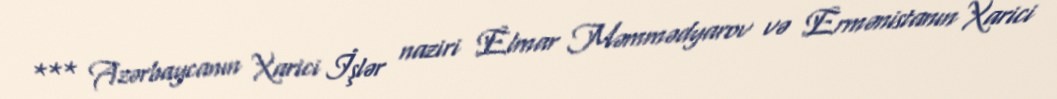
*** Azərbaycanın Xarici İşlər naziri Elmar Məmmədyarov və Ermənistanın Xarici